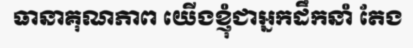
ធានាគុណភាព យើងខ្ញុំជាអ្នកដឹកនាំ តែង